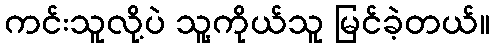
ကင်းသူလို့ပဲ သူ့ကိုယ်သူ မြင်ခဲ့တယ်။